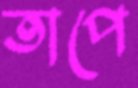
তাপে